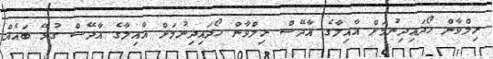
ރިލްވާން ހޯދައިދިނުމަށް އާއިލާގެ އާދޭސް ރިލްވާން ހޯދައިދިނުމަށް އާއިލާގެ އާދޭސް ގުޅޭ ބައެއް